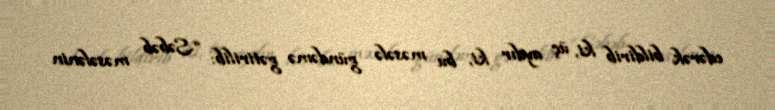
edərək bildirib ki, üç aydır ki, bu məsələ gündəmə gətirilib: “Səbəb məsələnin